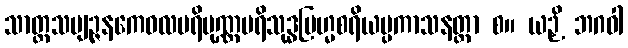
သာတ္ထသဗျဉ္ဇနကေဝလပရိပုဏ္ဏပရိသုဒ္ဓဗြဟ္မစရိယပ္ပကာသနတ္တာ စ။ ယဉှိ ဘဂဝါ